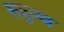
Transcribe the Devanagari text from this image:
सक्रुब्ब